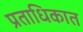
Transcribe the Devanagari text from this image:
प्रताधिकात